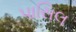
પાસિલ